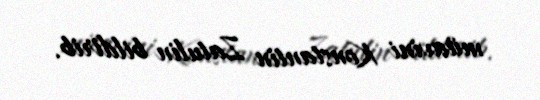
müavini Konstantin Zatulin bildirib.